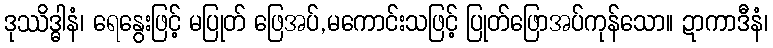
ဒုဿိဒ္ဓါနံ၊ ရေနွေးဖြင့် မပြုတ် ဖြေအပ်,မကောင်းသဖြင့် ပြုတ်ဖြောအပ်ကုန်သော။ ဍာကာဒီနံ၊